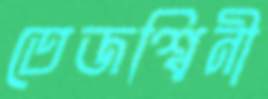
তেজশ্বিনী